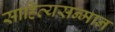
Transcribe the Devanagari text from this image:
साहित्यसन्मान